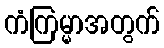
ကံကြမ္မာအတွက်